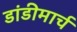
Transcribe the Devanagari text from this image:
डांडीमार्च